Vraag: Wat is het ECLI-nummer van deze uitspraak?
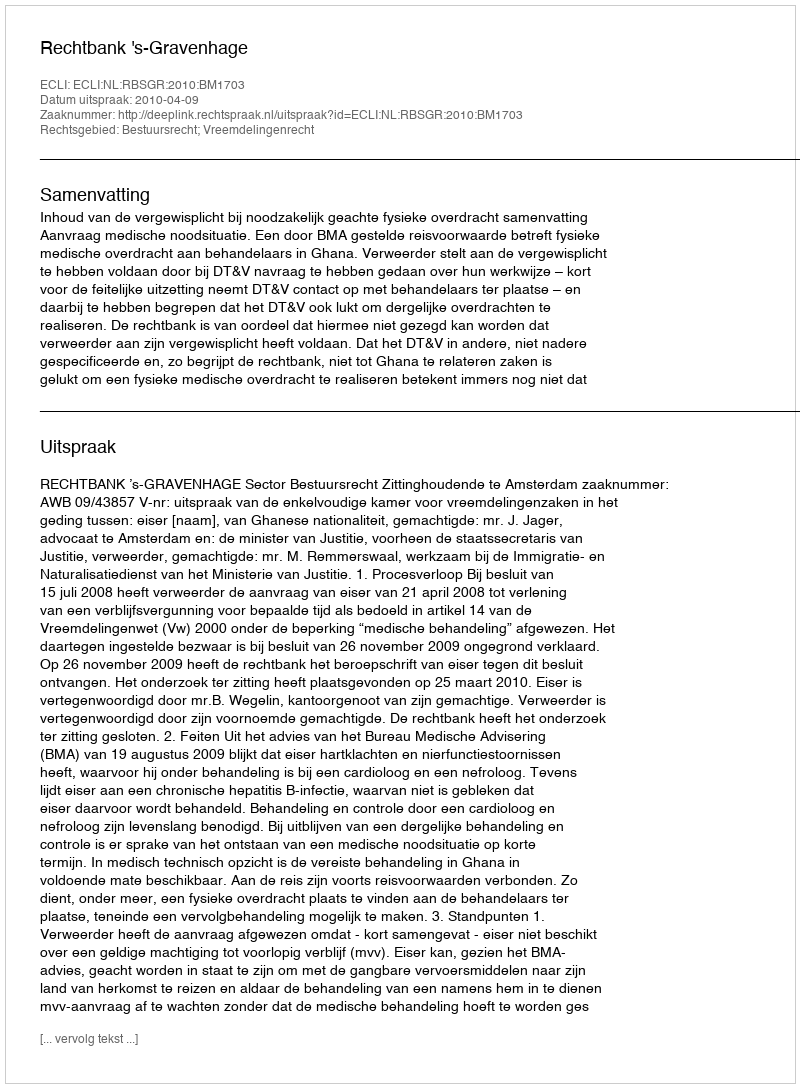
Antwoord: ECLI:NL:RBSGR:2010:BM1703